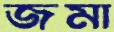
জমা